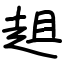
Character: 趄